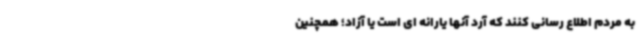
به مردم اطلاع رسانی کنند که آرد آنها یارانه ای است یا آزاد؛ همچنین